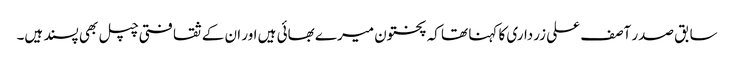
سابق صدر آصف علی زرداری کا کہنا تھا کہ پختون میرے بھائی ہیں اور ان کے ثقافتی چپل بھی پسند ہیں۔